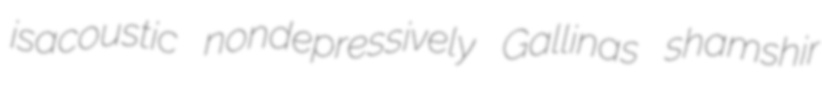
isacoustic nondepressively Gallinas shamshir